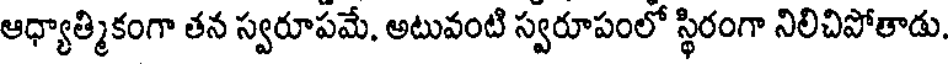
ఆధ్యాత్మికంగా తన స్వరూపమే. అటువంటి స్వరూపంలో స్థిరంగా నిలిచిపోతాడు.